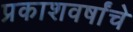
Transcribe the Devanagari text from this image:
प्रकाशवर्षांचे